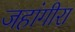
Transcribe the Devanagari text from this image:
जहांगीरा